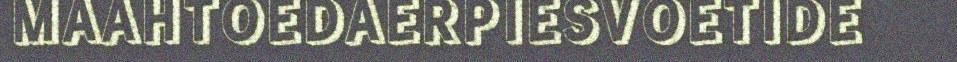
MAAHTOEDAERPIESVOETIDE